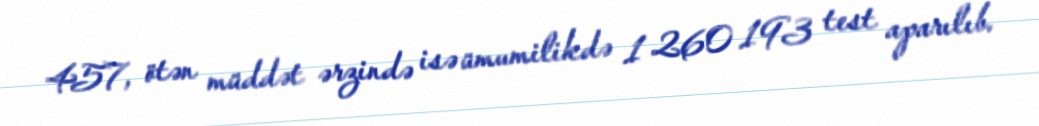
457, ötən müddət ərzində isə ümumilikdə 1 260 193 test aparılıb.